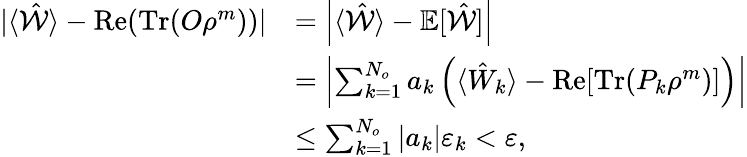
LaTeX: \begin{array}{rl}{|\langle\hat{\mathcal{W}}\rangle-\textrm{Re}(\mathrm{Tr}(O\rho^{m}))|}&{=\left|\langle\hat{\mathcal{W}}\rangle-\mathbb{E}[\hat{\mathcal{W}}]\right|}\\ &{=\left|\sum_{k=1}^{N_{o}}a_{k}\left(\langle\hat{W}_{k}\rangle-\textrm{Re}[\mathrm{Tr}(P_{k}\rho^{m})]\right)\right|}\\ &{\leq\sum_{k=1}^{N_{o}}\left|a_{k}\right|\varepsilon_{k}<\varepsilon,}\end{array}